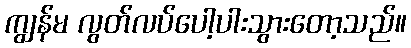
ကျွန်မ လွတ်လပ်ပေါ့ပါးသွားတော့သည်။